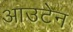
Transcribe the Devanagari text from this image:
आउटेन